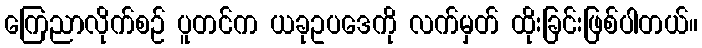
ကြေညာလိုက်စဉ် ပူတင်က ယခုဥပဒေကို လက်မှတ် ထိုးခြင်းဖြစ်ပါတယ်။